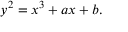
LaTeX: y ^ { 2 } = x ^ { 3 } + a x + b .